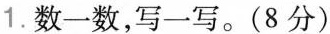
1.数一数，写一写。(8分)